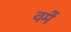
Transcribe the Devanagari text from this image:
वमें